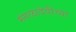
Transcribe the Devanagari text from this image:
मंगळादेवीच्या